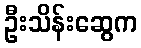
ဦးသိန်းဆွေက